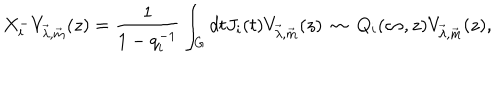
LaTeX: X _ { i } ^ { - } V _ { \vec { \lambda } , \vec { m } } ( z ) = \frac { 1 } { 1 - q _ { i } ^ { - 1 } } \int _ { G } d t J _ { i } ( t ) V _ { \vec { \lambda } , \vec { m } } ( z ) ~ \sim ~ Q _ { i } ( \infty , z ) V _ { \vec { \lambda } , \vec { m } } ( z ) ,